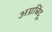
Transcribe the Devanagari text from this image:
अग्रबिंदू